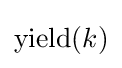
{\text{yield}}(k)